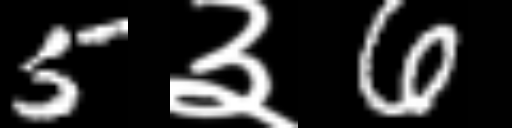
Text: 5३6